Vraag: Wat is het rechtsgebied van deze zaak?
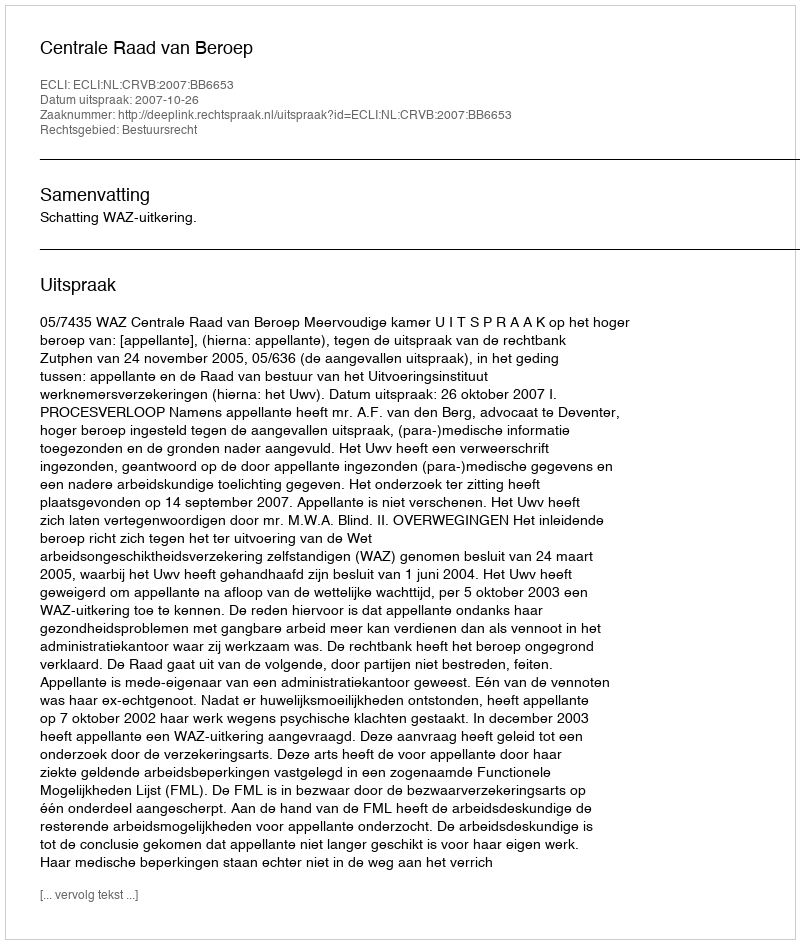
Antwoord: Bestuursrecht